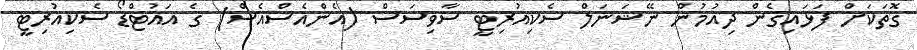
ގޮތަކަށް ފަޅައިގެން ދިއުމުން ނޭޝަނަލް ސެކިއުރިޓީ ސާވިސަސް (އެންއެސްއެސް) ގެ އައުޓްޑޯ ސެކިއުރިޓީ